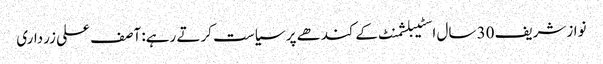
نوازشریف 30 سال اسٹیبلشمنٹ کےکندھے پر سیاست کرتے رہے: آصف علی زرداری